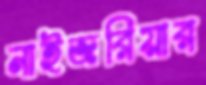
নাইজরিয়ার